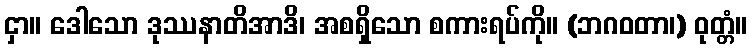
ငှာ။ ဒေါသော ဒုဿနာတိအာဒိ၊ အစရှိသော စကားရပ်ကို။ (ဘဂဝတာ၊) ဝုတ္တံ။